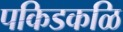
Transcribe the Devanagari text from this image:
पकिडकळि